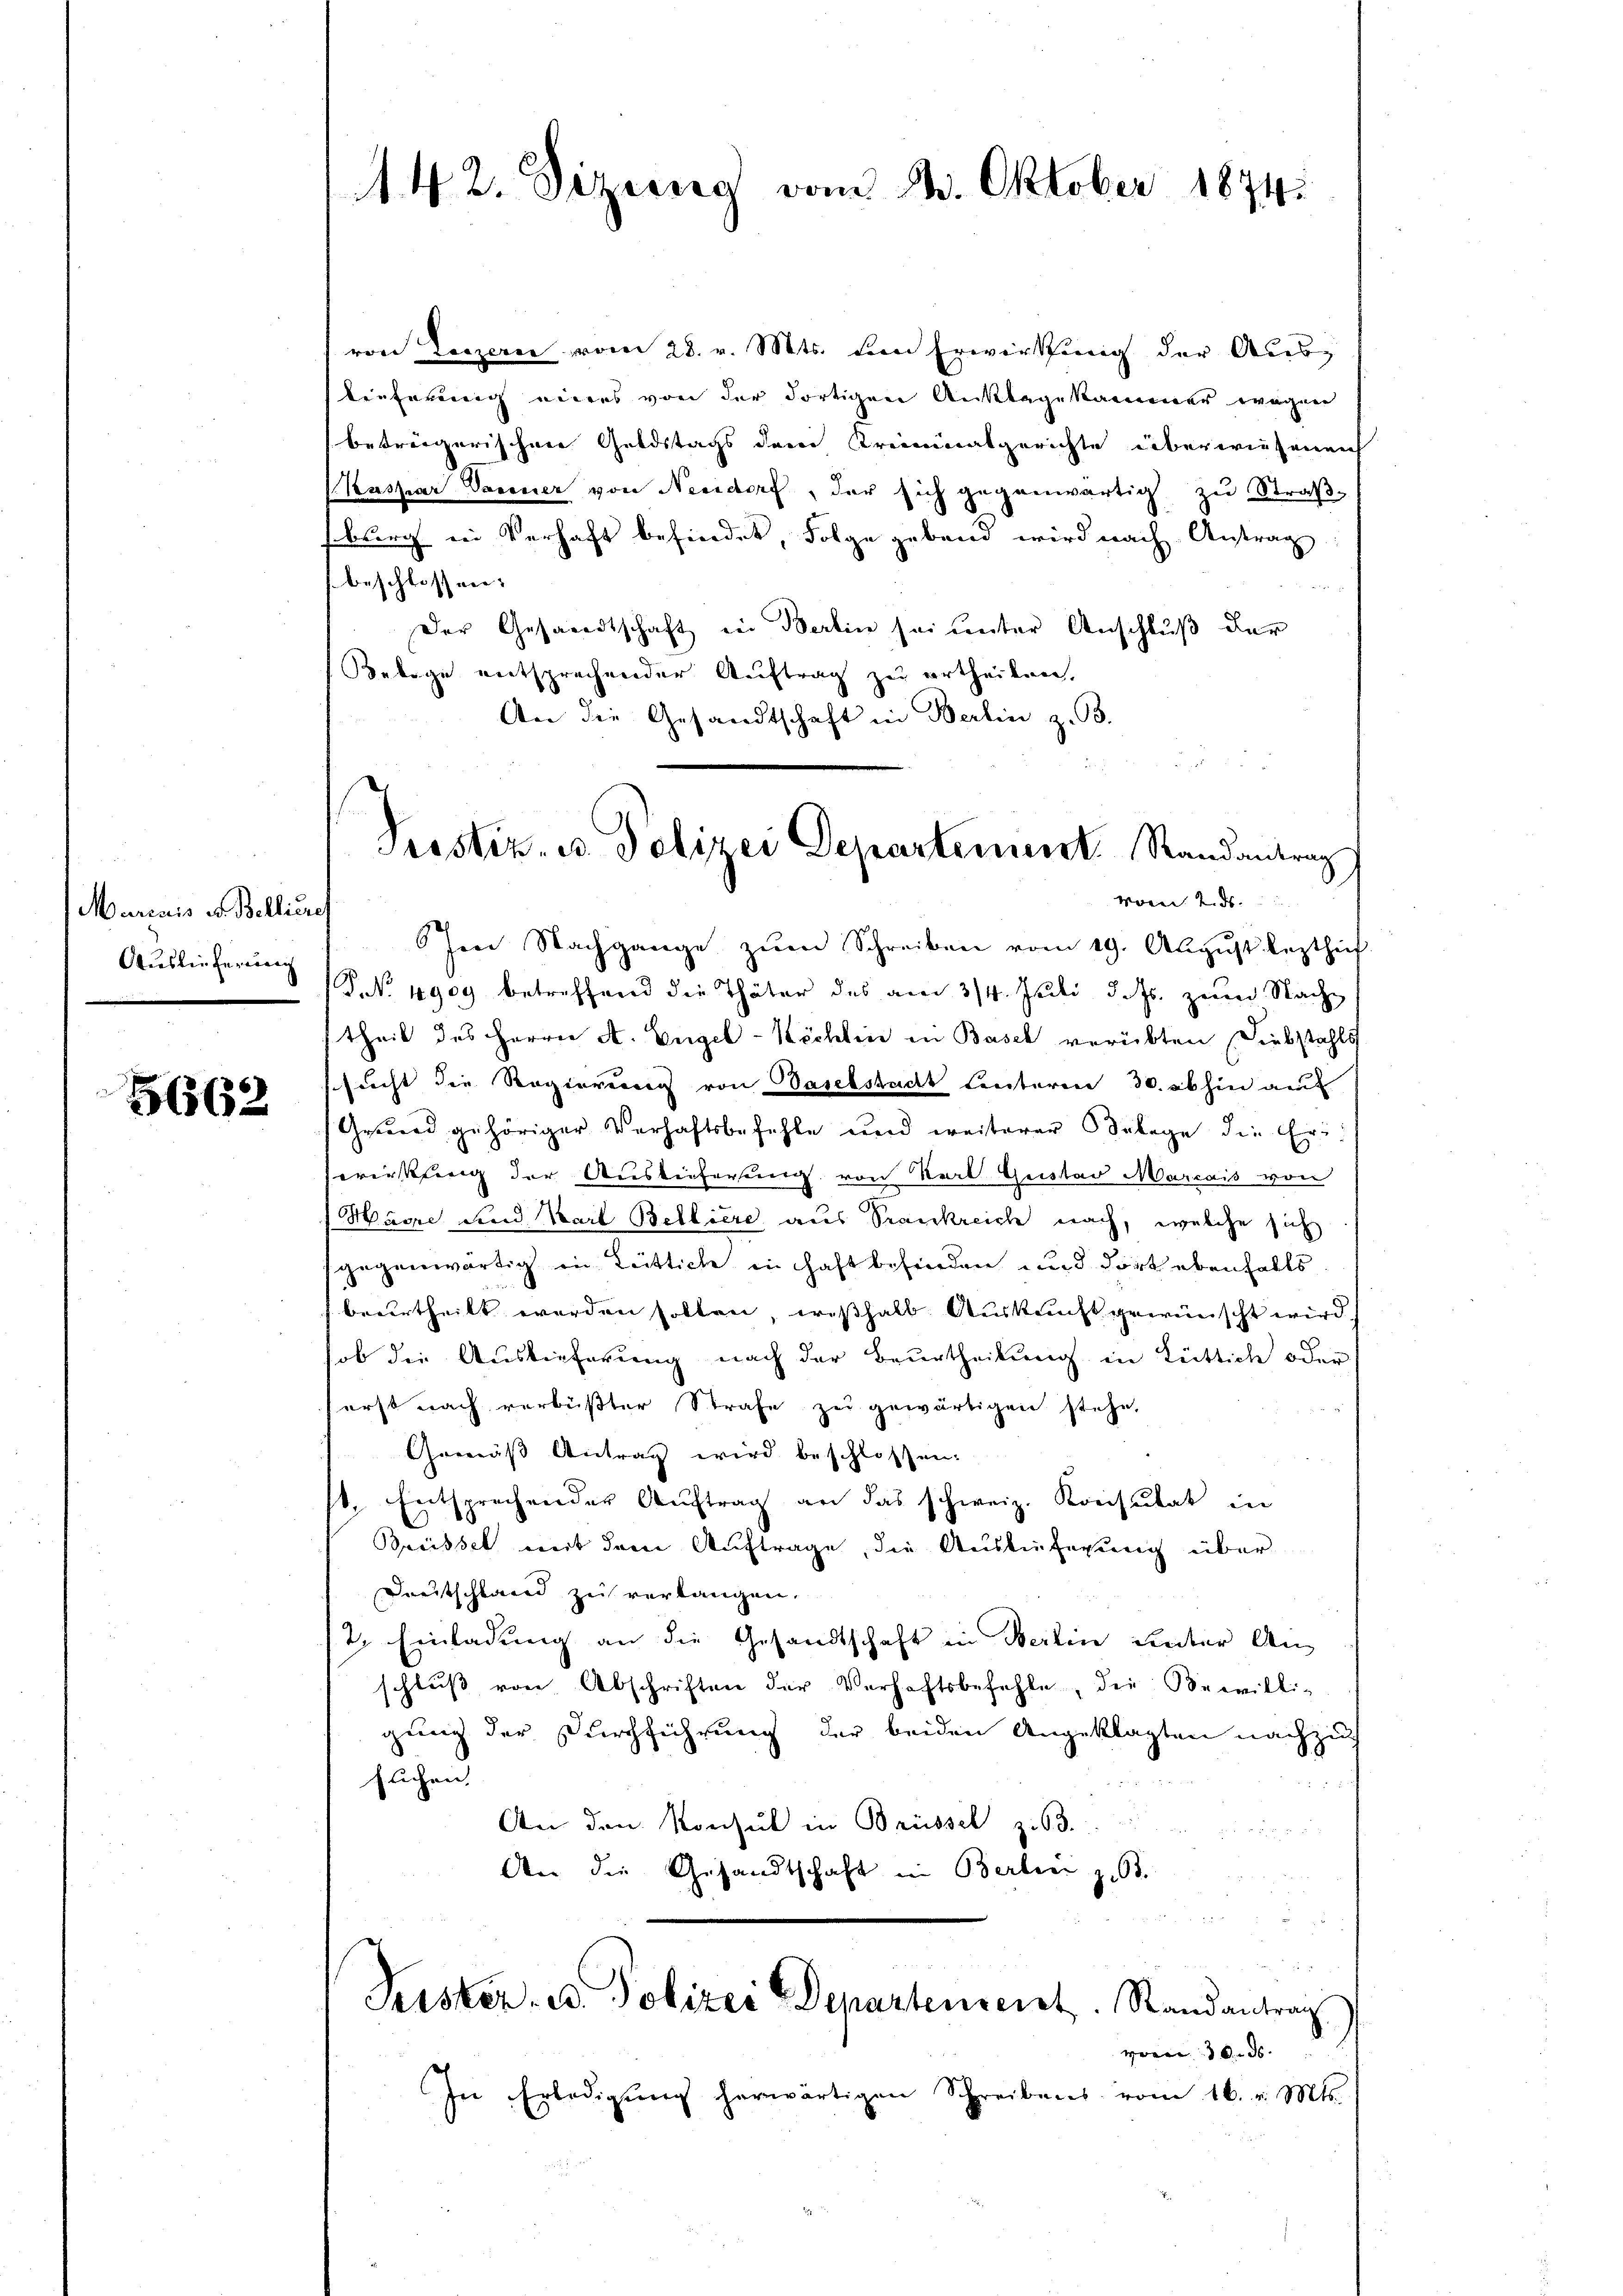
Murinis u. Bellieres
Auslieferung

5662

142. Sizung vom 24. Oktober 1874.

von Luzern vom 28. v. Mts. dem Erwirkung der Austieferung eines von der dortigen Anklagekammer wegen
beträgerischen Geldstags dem Kreimatgerichte überwiesenen
Kaspar Verner von Neudorf, der sich gegenwärtig zu Straßsburg in Verhaft befindet, Folge gebend wird nach Antrag
beschlossen. |
W 1
Der Gesandtschaft in Berlin sei unter Anschluß der
Belege entsprechender Auftrag zu ertheilen,
An die Gesandtschaft in Berlin z. B.
hen Nachgange zŭm Schreiben vom 19. August leztheif
P.No 4909 betreffend die Thäter des am 3/4. Juli d. Js. zum Nachtheil des Herrn A. Engel-Köchten in Basel verübten Diebstahls
sacht die Regierung von Baselstadt hinteren 30. abhin auf
Grund gehöriger Verhaftsbefehle und weiterer Selege die Ereriekling der Auslieferung von Kerl. Geistad Marcais von
Harre und Karl Belliere aus Prankreich nach, welche sich
gegenwärtig in Leitliche in haft befinden und dort ebenfalls
beurtheilt werden sollen, weßhalb. Auskunft gewünscht wird
ob die Auslieferung nach der Beurtheilung in Lüttich oder
erst nach verbüßter Strafe zu gewärtigen stehe,
Gemäß Antrag wird beschlossen:
1. Entsprechender Auftrag an das schweiz. Konsulat in
Breissel mit dem Auftrage, die Auslieferung über
Dreitschland zu verlangen.
2. Einladung an die Gesandtschaft in Berlin unter Anschlŭβ von Abschriften der Verhaftsbefehle, die Bewilli-
gung der Durchführung der beiden Angeklagten nachzuflichen

An den Konsul in Brüssel zu 3.
Berben z. 3.
An die Gesandtschaft
u
.
Peister, u. Polizei Departenseret. Randantrag
vom 30. ds.
In Erledigŭng herwärtigen Schreibens vom 16. v. Mts.

.
Prostiz- u. Polizei Departement Randantrag
vom 2. ds.